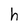
Character: h